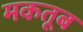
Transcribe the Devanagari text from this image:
मकतूब